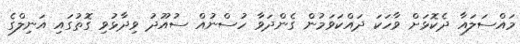
މައްސަލައާ ދެކޮޅަށް ވާހަކަ ދައްކަވަމުން ގެންދަވާ ހުސްނުއް ސުއޫދު ވިދާޅުވި ގޮތުގައި އަނިލްގެ